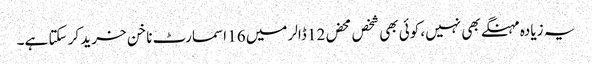
یہ زیادہ مہنگے بھی نہیں، کوئی بھی شخص محض 12 ڈالر میں 16 اسمارٹ ناخن خرید کر سکتا ہے۔